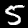
Label: 5